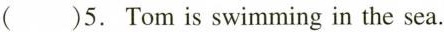
( )5. Tom is swimming in the sea.